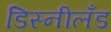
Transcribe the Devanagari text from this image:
डिस्नीलँड